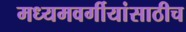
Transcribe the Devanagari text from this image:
मध्यमवर्गीयांसाठीच